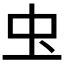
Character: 𮓰